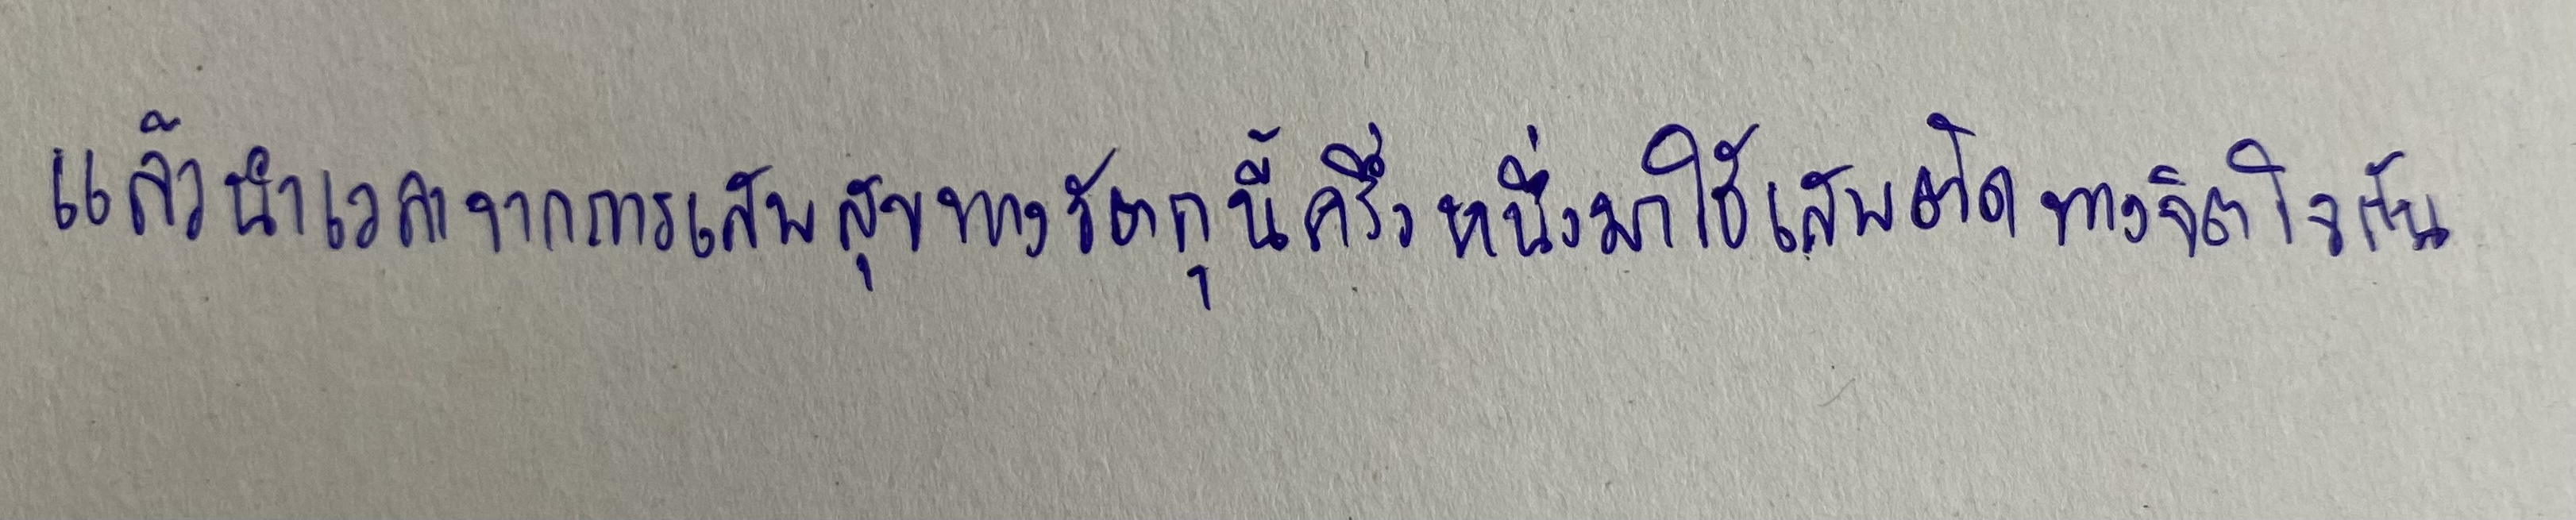
แล้วนำเวลาจากการเสพสุขทางวัตถุนี้ครึ่งหนึ่งมาใช้เสพติดทางจิตใจกัน